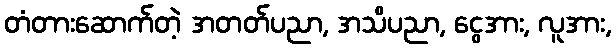
တံတားဆောက်တဲ့ အတတ်ပညာ, အသိပညာ, ငွေအား, လူအား,